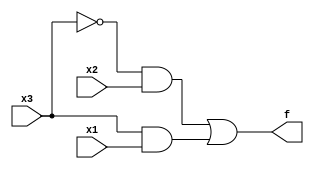
module top_module(
    input x3,
    input x2,
    input x1,
    output f
);

assign f = ~x3&x2 | x3&x1;

endmodule